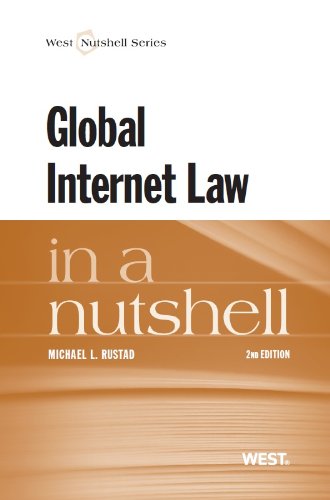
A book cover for Global Internet Law in a Nutshell; Michael Rustad; Computers & Technology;